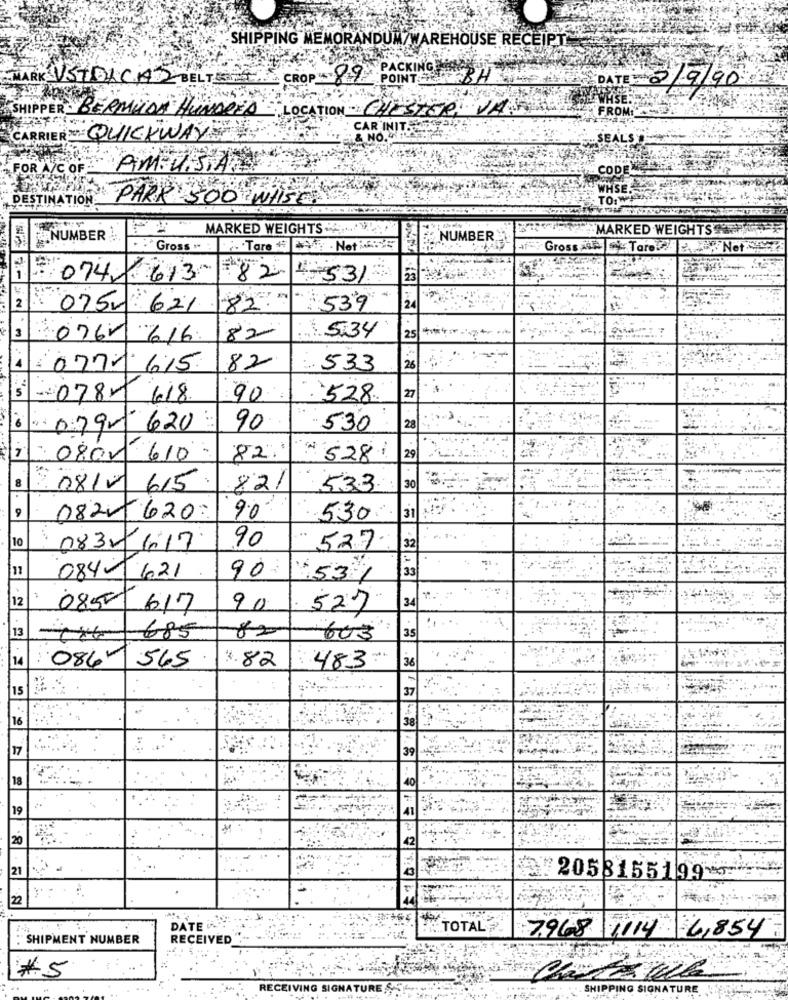
SHIPPING MEMORANDUM/WAREHOUSE RECEIPT
PACKING
MARK VSTOLCA 2 BELT CROP POINT
BH
DATE: 3/9/90
HSE.
SHIPPER : BERMUDA HUNDRED
LOCA
CAR INIT
CARRIERTO: QUICKWAY
& NO.
FOR A/C OF
An
ATION
PAR
MARKED WEIGHTS
"MARKED WEIGHTS
NUMBER
NUMBER
Gross . :
.. . Tare # #VF - Not WAY
AfGross de | Tare :4 2. " Net
1- 074 613
82
1-531
2
075 621
82: " 539
24
3
82
: 534
076-
616.
25
077- 615
82
533
078-618.
90
:528
27
079-
620
90
530
28
7
. 0802
610:
82.
528
29
8
08/2
615.
821
533
30
0820-620:
9.0
530
31
10
0832/1017
90
527.
32
11
90:
33
084- 621
531
12
0852
34
617
90
527
13
685
82
603
35
14
:086-
565
36
x. 82
483.
15
37
16
38
17
39
18
40
19
20
21
2058155199-
22
-
DATE iA
TOTAL
SHIPMENT NUMBER
RECEIVED
7.968 1114 -6,854
#5
RECEIVING SIGNATU
SHIPPING SIGNATURE